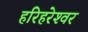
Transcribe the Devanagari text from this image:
हरिहरेश्‍वर